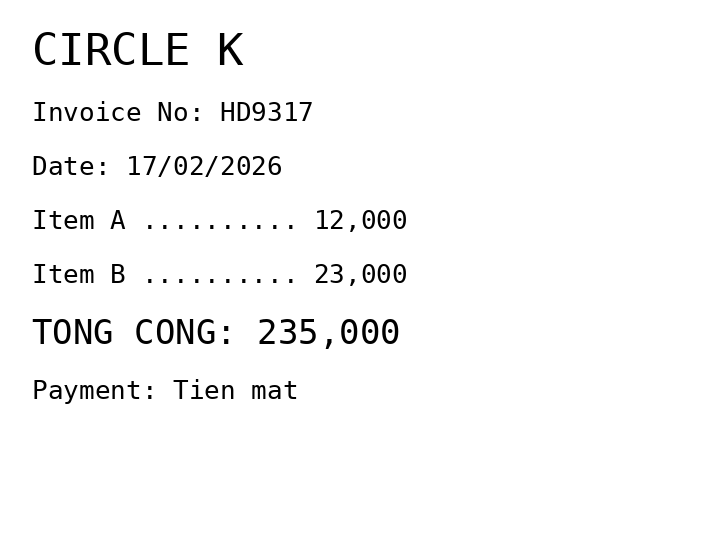
CIRCLE K
Invoice No: HD9317
Date: 17/02/2026
Item A .......... 12,000
Item B .......... 23,000
TONG CONG: 235,000
Payment: Tien mat
Merchant: circle k
Date: 2026-02-17
Total: 235000
Invoice No: HD9317
Payment method: CASH